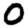
Digit: 0